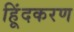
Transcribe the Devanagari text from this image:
हिूंदकरण